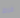
فرط